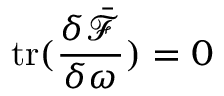
\mathrm { t r } ( \frac { \delta \bar { \mathcal { F } } } { \delta \omega } ) = 0